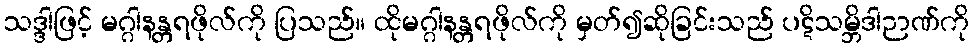
သဒ္ဒါဖြင့် မဂ္ဂါနန္တရဖိုလ်ကို ပြသည်။ ထိုမဂ္ဂါနန္တရဖိုလ်ကို မှတ်၍ဆိုခြင်းသည် ပဋိသမ္ဘိဒါဉာဏ်ကို